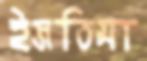
ইজতিমা